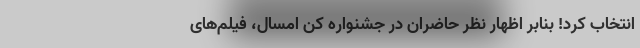
انتخاب کرد! بنابر اظهار نظر حاضران در جشنواره کن امسال، فیلم‌های